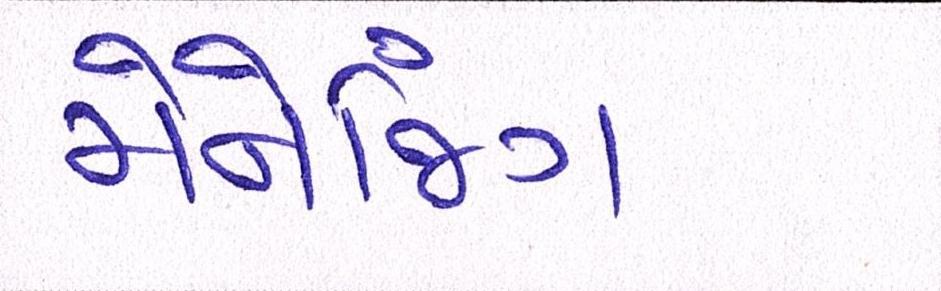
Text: મેનેજિંગ